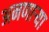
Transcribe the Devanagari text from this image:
अनणाऱ्या